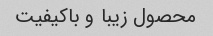
محصول زیبا و باکیفیت